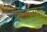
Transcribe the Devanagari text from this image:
किर्तनाचा